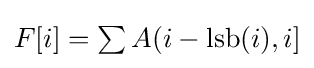
\textstyle F[i]=\sum A(i-\operatorname {lsb} (i),i]